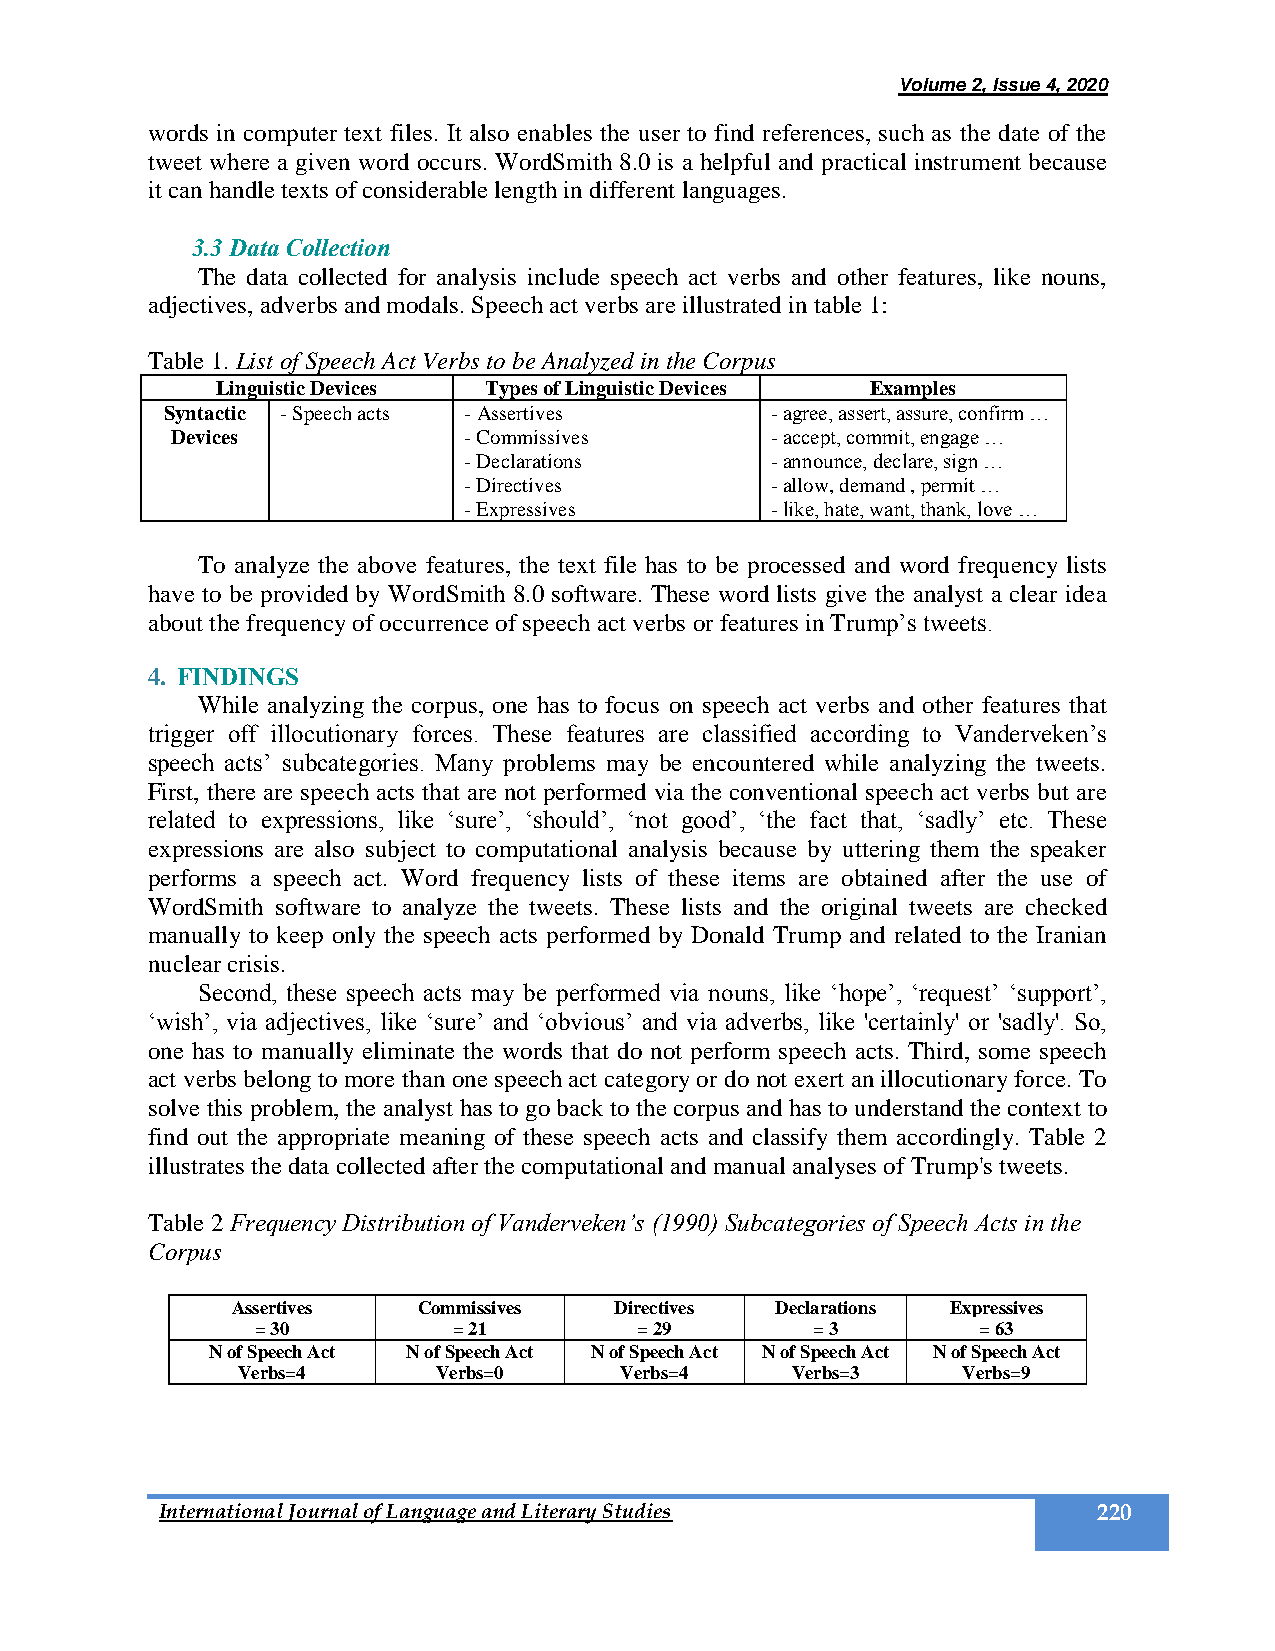
Volume 2, Issue 4, 2020
 words in computer text files. It also enables the user to find references, such as the date of the
 tweet where a given word occurs. WordSmith 8.0 is a helpful and practical instrument because
 it can handle texts of considerable length in different languages.
 3.3 Data Collection
 The data collected for analysis include speech act verbs and other features, like nouns,
 adjectives, adverbs and modals. Speech act verbs are illustrated in table 1:
 Table 1. List of Speech Act Verbs to be Analyzed in the Corpus
 Linguistic Devices Types of Linguistic Devices Examples
 Syntactic - Speech acts - Assertives    - agree, assert, assure, confirm …
 Devices             - Commissives       - accept, commit, engage …
 - Declarations      - announce, declare, sign …
 - Directives        - allow, demand , permit …
 - Expressives       - like, hate, want, thank, love …
 To analyze the above features, the text file has to be processed and word frequency lists
 have to be provided by WordSmith 8.0 software. These word lists give the analyst a clear idea
 about the frequency of occurrence of speech act verbs or features in Trump’s tweets.
 4. FINDINGS
 While analyzing the corpus, one has to focus on speech act verbs and other features that
 trigger off illocutionary forces. These features are classified according to Vanderveken’s
 speech acts’ subcategories. Many problems may be encountered while analyzing the tweets.
 First, there are speech acts that are not performed via the conventional speech act verbs but are
 related to expressions, like ‘sure’, ‘should’, ‘not good’, ‘the fact that, ‘sadly’ etc. These
 expressions are also subject to computational analysis because by uttering them the speaker
 performs a speech act. Word frequency lists of these items are obtained after the use of
 WordSmith software to analyze the tweets. These lists and the original tweets are checked
 manually to keep only the speech acts performed by Donald Trump and related to the Iranian
 nuclear crisis.
 Second, these speech acts may be performed via nouns, like ‘hope’, ‘request’ ‘support’,
 ‘wish’, via adjectives, like ‘sure’ and ‘obvious’ and via adverbs, like 'certainly' or 'sadly'. So,
 one has to manually eliminate the words that do not perform speech acts. Third, some speech
 act verbs belong to more than one speech act category or do not exert an illocutionary force. To
 solve this problem, the analyst has to go back to the corpus and has to understand the context to
 find out the appropriate meaning of these speech acts and classify them accordingly. Table 2
 illustrates the data collected after the computational and manual analyses of Trump's tweets.
 Table 2 Frequency Distribution of Vanderveken’s (1990) Subcategories of Speech Acts in the
 Corpus
 Assertives   Commissives  Directives Declarations Expressives
 = 30         = 21        = 29        = 3        = 63
 N of Speech Act N of Speech Act N of Speech Act N of Speech Act N of Speech Act
 Verbs=4      Verbs=0     Verbs=4    Verbs=3     Verbs=9
 International Journal of Language and Literary Studies        220